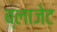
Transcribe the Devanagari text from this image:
ब्लाजेट